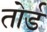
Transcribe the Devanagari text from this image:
तोर्ड